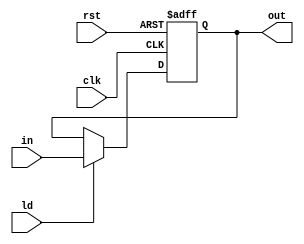
`timescale 1ns / 1ps

module register #(parameter DW = 16) (clk, rst, ld, in, out);
	input clk, rst, ld;
	input [DW - 1:0] in;
	output reg [DW - 1:0] out;
	always @(posedge clk or posedge rst)begin
		if(rst)begin
			out <= 0;
		end
		else if(ld)begin
			out <= in;
		end
	end
endmodule